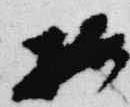
按